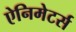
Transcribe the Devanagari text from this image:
ऐनिमेटर्स